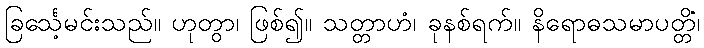
ခြင်္သေ့မင်းသည်။ ဟုတွာ၊ ဖြစ်၍။ သတ္တာဟံ၊ ခုနစ်ရက်။ နိရောဓသမာပတ္တိံ၊